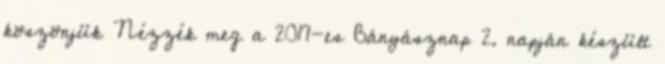
köszönjük Nézzék meg a 2017-es Bányásznap 2. napján készült